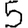
Digit: 5